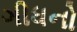
ગીધનો